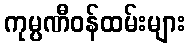
ကုမ္ပဏီဝန်ထမ်းများ